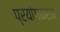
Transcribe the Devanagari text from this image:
प्रयोगकरता